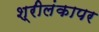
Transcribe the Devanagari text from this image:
श्रीलंकापर